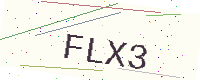
Text: FLX3